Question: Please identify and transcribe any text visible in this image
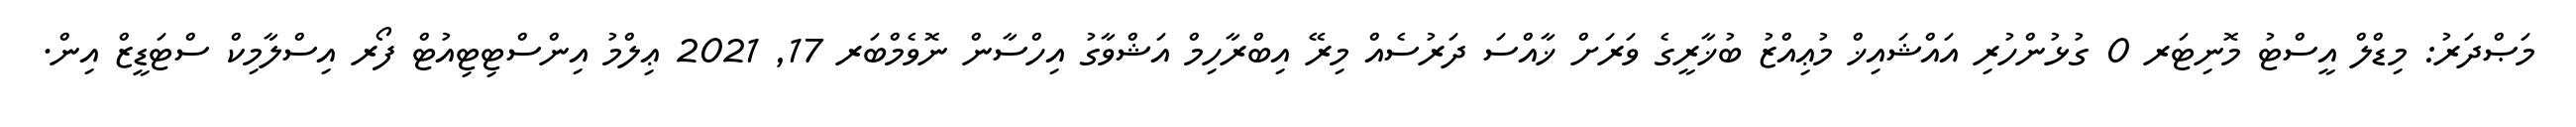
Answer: މަޞްދަރު: މިޑްލް އީސްޓު މޮނިޓަރ 0 ގުޅުންހުރި އައްޝައިޚް މުޢިއްޒު ބުޚާރީގެ ވަރަށް ޚާއްސަ ދަރުސެއް މިރޭ އިބްރާހިމް އަޝްވާގު އިހްސާން ނޮވެމްބަރ 17, 2021 ޢިލްމު އިންސްޓިޓިއުޓް ފޯރ އިސްލާމިކް ސްޓަޑީޒް އިން.